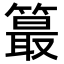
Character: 𥳣